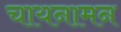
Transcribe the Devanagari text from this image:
चायनामन